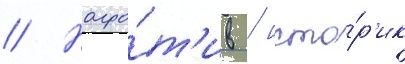
// Напро́т'ив / исто́р'ик